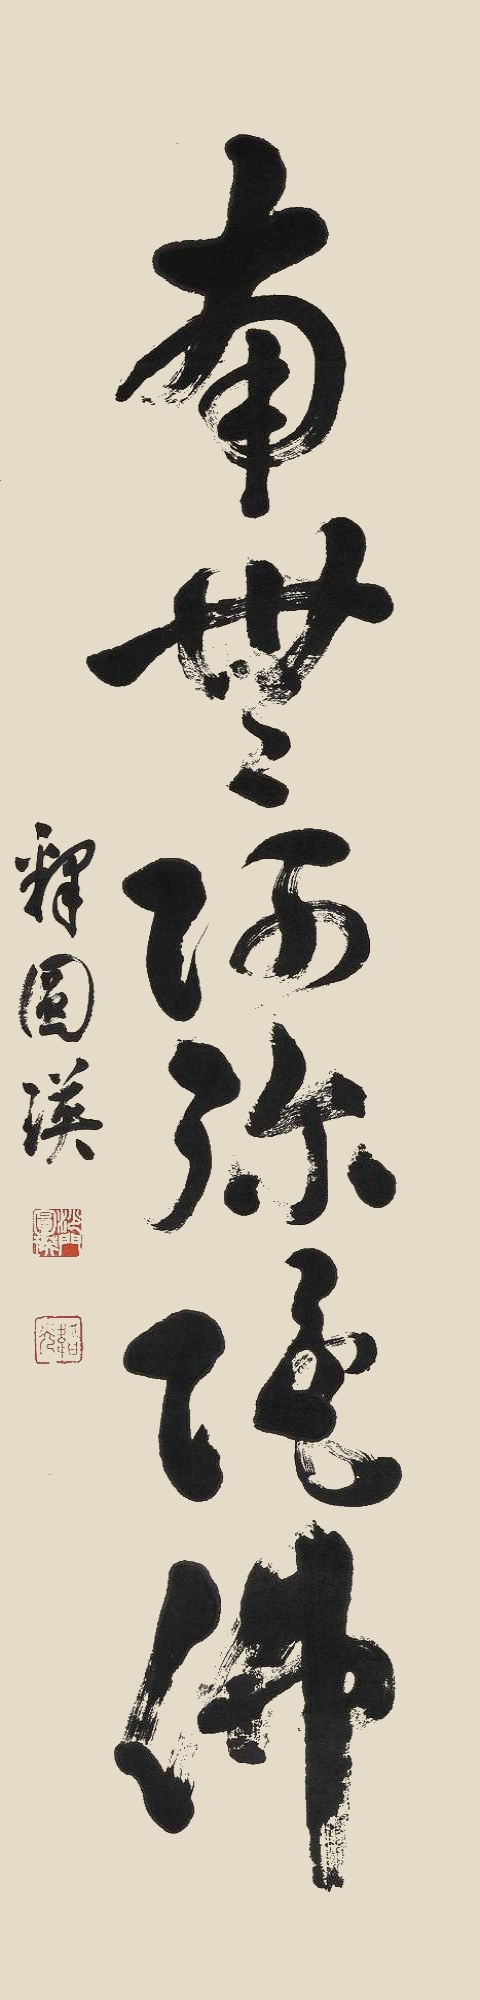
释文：南无阿弥陀佛。释圆瑛。